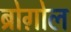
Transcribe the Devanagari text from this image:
ब्रोग़ोल